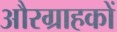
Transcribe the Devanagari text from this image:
औरग्राहकों